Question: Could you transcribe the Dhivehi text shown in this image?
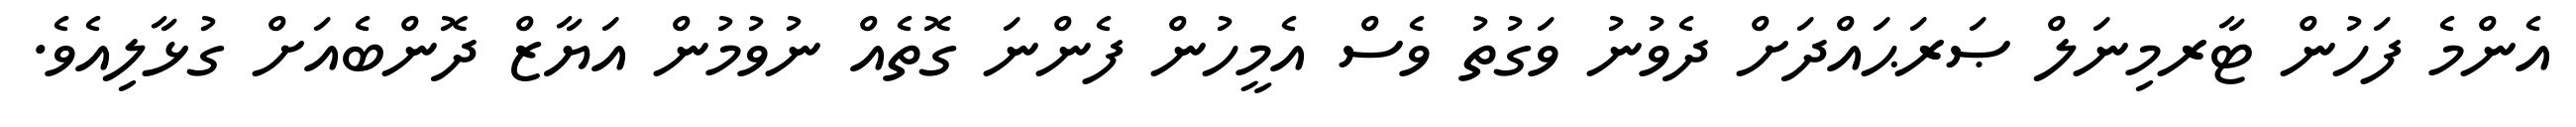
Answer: އެންމެ ފަހުން ޓާރމިނަލް ޞަރަޙައްދަށް ދެވުނު ވަގުތު ވެސް އެމީހުން ފެންނަ ގޮތެއް ނުވުމުން އަޔާޒް ދޮންބެއަށް ގުޅާލިއެވެ.